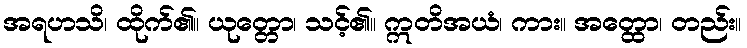
အရဟသိ၊ ထိုက်၏။ ယုတ္တော၊ သင့်၏။ ဣတိအယံ၊ ကား။ အတ္ထော၊ တည်း။